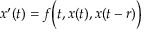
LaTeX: x ^ { \prime } ( t ) = f { \biggl ( } t , x ( t ) , x ( t - r ) { \biggr ) }